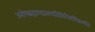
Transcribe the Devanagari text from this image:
अशेषब्रह्माण्डप्रलयविधिनैसर्गिकमतिः